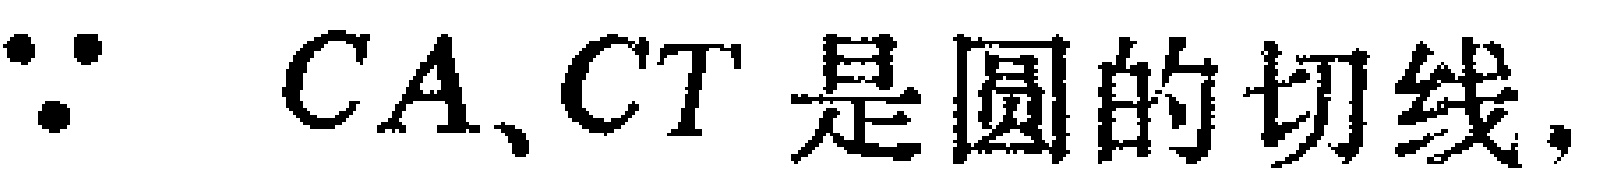
$\because CA、CT\text{是圆的切线,}$